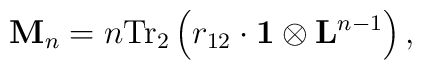
{\rm {\bf M}}_n = n {\rm Tr}_2 \left( r_{12} \cdot    {\rm {\bf 1}} \otimes {\rm {\bf L}}^{n-1} \right) ,